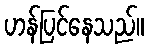
ဟန်ပြင်နေသည်။